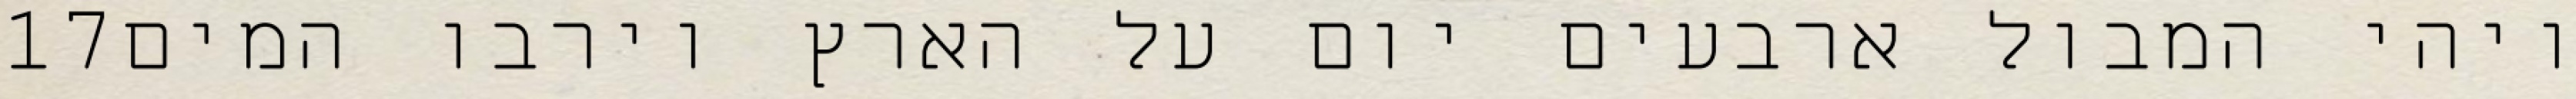
‎17‏ ויהי המבול ארבעים יום על הארץ וירבו המים